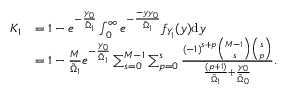
\begin{array} { r l } { K _ { 1 } } & { = 1 - e ^ { - \frac { \gamma _ { 0 } } { \tilde { \Omega } _ { 1 } } } \int _ { 0 } ^ { \infty } e ^ { - \frac { - y \gamma _ { 0 } } { \tilde { \Omega } _ { 1 } } } f _ { Y _ { 1 } } ( y ) \mathrm { d } y } \\ & { = 1 - \frac { M } { \tilde { \Omega } _ { 1 } } e ^ { - \frac { \gamma _ { 0 } } { \tilde { \Omega } _ { 1 } } } \sum _ { s = 0 } ^ { M - 1 } \sum _ { p = 0 } ^ { s } \frac { \left( - 1 \right) ^ { s + p } \binom { M - 1 } { s } \binom { s } { p } } { \frac { ( p + 1 ) } { \tilde { \Omega } _ { 1 } } + \frac { { \gamma } _ { 0 } } { \tilde { \Omega } _ { 0 } } } . } \end{array}